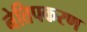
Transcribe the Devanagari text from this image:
नेत्तिपकरण